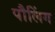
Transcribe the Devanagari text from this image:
पौलिंग